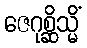
ဇေဂုစ္ဆိသ္မိံ